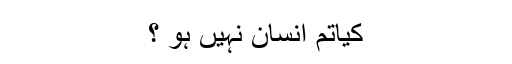
کیاتم انسان نہیں ہو ؟